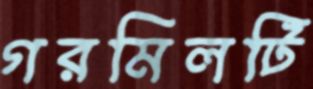
গরমিলটি